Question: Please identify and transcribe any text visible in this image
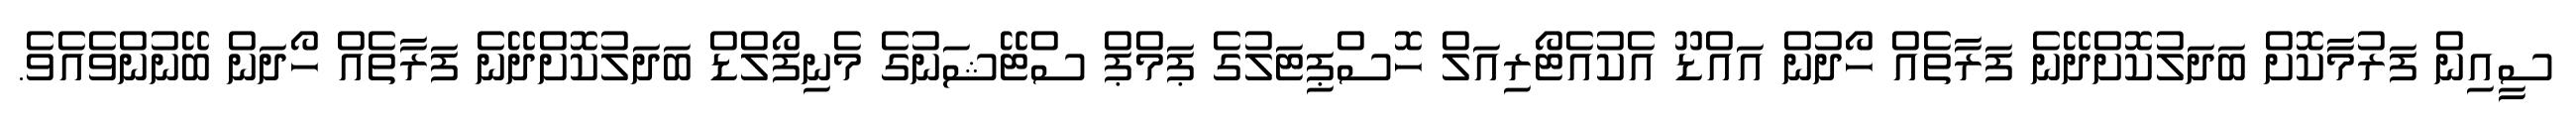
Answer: ސީއިން ފަރުމާކޮށް ބަދަލުކޮށްދޭނެ ފަރާތެއް ހޯދުން އައްޑޫ އެކުއެޓޯރިއަލް ހޮސްޕިޓަލުގެ ޕަމްޕް ސްޓޭޝަނުގެ މެނިފޯލްޑް ބަދަލުކޮށްދޭނެ ފަރާތެއް ހޯދަން ބޭނުންވެއެވެ.